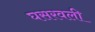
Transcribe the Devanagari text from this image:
घसरवली